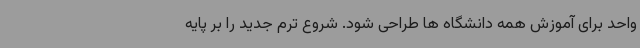
واحد برای آموزش همه دانشگاه ها طراحی شود. شروع ترم جدید را بر پایه